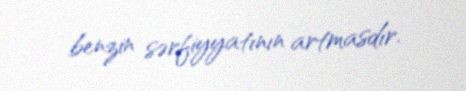
benzin sərfiyyatının artmasdır.